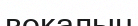
вокалын